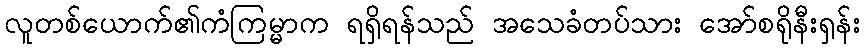
လူတစ်ယောက်၏ကံကြမ္မာက ရရှိရန်သည် အသေခံတပ်သား အော်စရိုနီးရှန်း